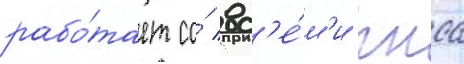
рабо́тает со́ вс'е́м'и гнсс